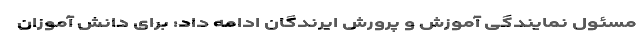
مسئول نمایندگی آموزش و پرورش ایرندگان ادامه داد: برای دانش آموزان